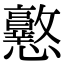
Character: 𢥲